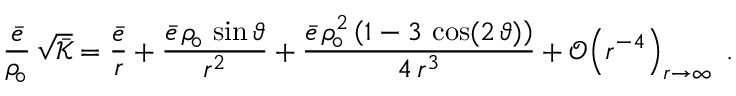
\frac { \bar { e } } { \rho _ { \! \circ } } \, \sqrt { \bar { \mathcal { K } } } = \frac { \bar { e } } { r } + \frac { \bar { e } \, \rho _ { \! \circ } \, \sin \vartheta } { r ^ { 2 } } + \frac { \bar { e } \, \rho _ { \! \circ } ^ { 2 } \left( 1 - 3 \, \cos ( 2 \, \vartheta ) \right) } { 4 \, r ^ { 3 } } + \mathcal { O } \! \left( r ^ { - 4 } \right) _ { r \to \infty } \; .